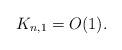
LaTeX: \begin{align*}K_{n,1} = O(1).\end{align*}